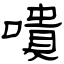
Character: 嘳